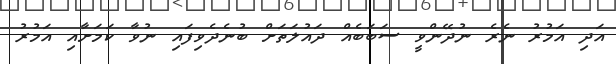
އަދި އަމުރު ނެރެ ނުދޭންވީ ސަބަބެއް ދައުލަތަށް ބުނެދެވިފައި ނުވާ ކަމަށާއި އަމުރު